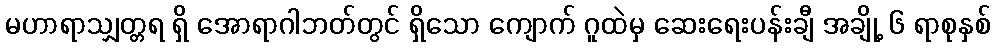
မဟာရာသျှတ္တရ ရှိ အောရာဂါဘတ်တွင် ရှိသော ကျောက် ဂူထဲမှ ဆေးရေးပန်းချီ အချို့ ၆ ရာစုနှစ်